Report of the Indian Hemp Drugs Commission, 1894-1895 - Volume VI
Year: 1894
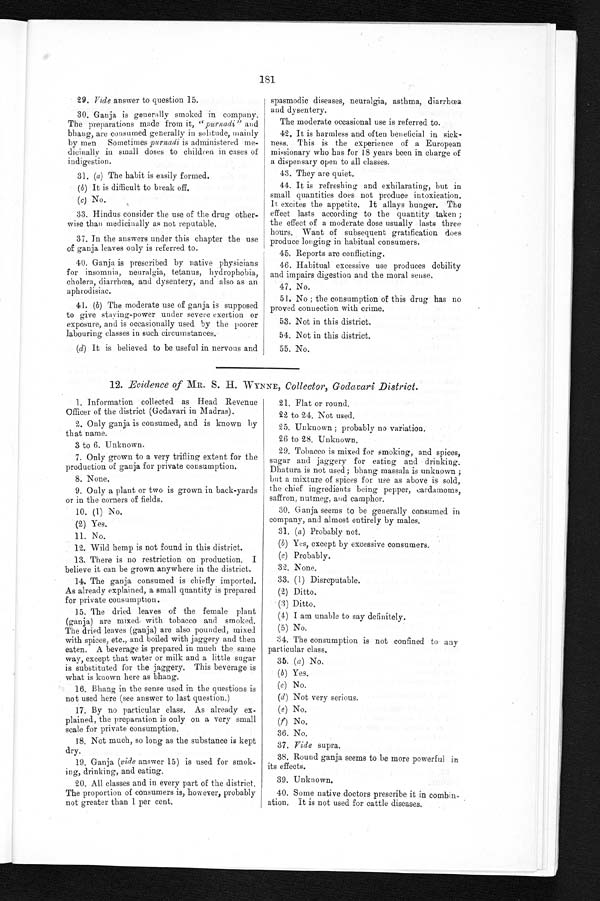
181
29. Vide answer to question 15.
30. Ganja is generally smoked in company.
The preparations made from it, " purnadi" and
bhang, are consumed generally in solitude, mainly
by men Sometimes purnadi is administered me-
dicinally in small doses to children in cases of
i ndigestion.
31. (a) The habit is easily formed.
(b) It is difficult to break off.
(c) No.
33. Hindus consider the use of the drug other--
wise than medicinally as not reputable.
37. In the answers under this chapter the use
of ganja leaves only is referred to.
40. Ganja is prescribed by native physicians
for insomnia, neuralgia, tetanus, hydrophobia,
cholera, diarrhœa, and dysentery, and also as an
aphrodisiac.
41. (b) The moderate use of ganja is supposed
to give staving-power under severe exertion or
exposure, and is occasionally used by the poorer
labouring classes in such circumstances.
(d) It is believed to be useful in nervous and
spasmodic diseases, neuralgia, asthma, diarrhœa
and dysentery.
The moderate occasional use is referred to.
42. It is harmless and often beneficial in sick-
ness. This is the experience of a European
missionary who has for 18 years been in charge of
a dispensary open to all classes.
43. They are quiet.
44. It is refreshing and exhilarating, but in
small quantities does not produce intoxication.
It excites the appetite. It allays hunger. The
effect lasts according to the quantity taken ;
the effect of a moderate dose usually lasts three
hours. Want of subsequent gratification does
produce longing in habitual consumers.
45. Reports are conflicting.
46. Habitual excessive use produces debility
and impairs digestion and the moral sense.
47. No.
51. No ; the consumption of this drug has no
proved connection with crime.
53. Not in this district.
54. Not in this district.
55. No.
12. Evidence of MR. S. H. WYNNE, Collector, Godavari District.
1. Information collected as Head Revenue
Officer of the district (Godavari in Madras).
2. Only ganja is consumed, and is known by
that name.
3 to 6. Unknown,
7. Only grown to a very trifling extent for the
production of ganja for private consumption.
8. None.
9. Only a plant or two is grown in back-yards
or in the corners of fields.
10. (1) No.
(2) Yes.
11. No.
12. Wild hemp is not found in this district.
13. There is no restriction on production. I
believe it can be grown anywhere in the district.
14. The ganja consumed is chiefly imported.
As already explained, a small quantity is prepared
for private consumption.
15. The dried leaves of the female plant
(ganja) are mixed with tobacco and smoked.
The dried leaves (ganja) are also pounded, mixed
with spices, etc., and boiled with jaggery and then
eaten. A beverage is prepared in much the same
way, except that water or milk and a little sugar
is substituted for the jaggery. This beverage is
what is known here as bhang.
16. Bhang in the sense used in the questions is
not used here (see answer to last question.)
17. By no particular class. As already ex-
plained, the preparation is only on a very small
scale for private consumption.
18. Not much, so long as the substance is kept
dry.
19. Ganja (vide answer 15) is used for smok-
ing, drinking, and eating.
20. All classes and in every part of the district.
The proportion of consumers is, however, probably
not greater than 1 per cent.
21. Flat or round.
22 to 24. Not used.
25. Unknown ; probably no variation.
26 to 28. Unknown.
29. Tobacco is mixed for smoking, and spices,
sugar and jaggery for eating and drinking.
Dhatura is not used ; bhang massala is unknown ;
but a mixture of spices for use as above is sold,
the chief ingredients being pepper, cardamoms,
saffron, nutmeg, and camphor.
30. Ganja seems to be generally consumed in
company, and almost entirely by males.
31. (a) Probably not.
( b) Yes, except by excessive consumers.
(c) Probably.
32. None.
33. (1) Disreputable.
(2) Ditto.
(3) Ditto.
(4) I am unable to say definitely.
(5) No.
34. The consumption is not confined to any
particular class.
35. (a) No.
(b) Yes.
(c) No.
(d) Not very serious.
(e) No.
(f) No.
36. No.
37. Vide supra.
38. Round ganja seems to be more powerful in
its effects.
39. Unknown.
40. Some native doctors prescribe it in combin-
ation. It is not used for cattle diseases.